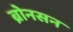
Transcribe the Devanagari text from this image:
ब्रोनसन